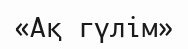
«Ақ гүлім»